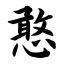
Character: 憨